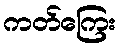
ကတ်ကြေး